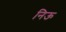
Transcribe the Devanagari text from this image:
निऊ